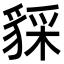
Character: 𧳥